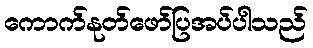
ကောက်နုတ်ဖော်ပြအပ်ပါသည်